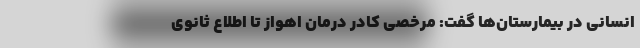
انسانی در بیمارستان‌ها گفت: مرخصی کادر درمان اهواز تا اطلاع ثانوی